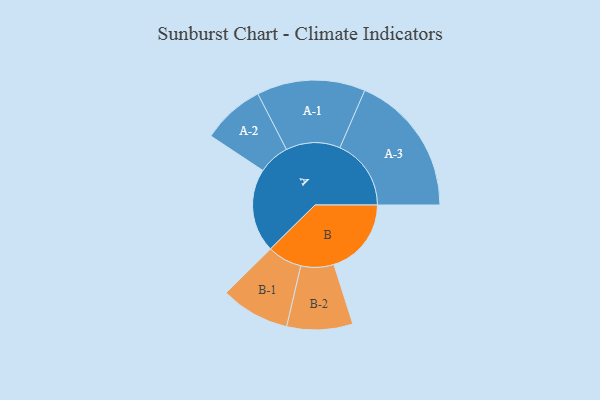
{"axis": {"x": "Segment", "y": "Value"}, "legend": ["", "A", "B"], "data": [{"x": "A", "y": 310, "type": ""}, {"x": "B", "y": 287, "type": ""}, {"x": "A-1", "y": 201, "type": "A"}, {"x": "A-2", "y": 116, "type": "A"}, {"x": "A-3", "y": 264, "type": "A"}, {"x": "B-1", "y": 128, "type": "B"}, {"x": "B-2", "y": 122, "type": "B"}]}